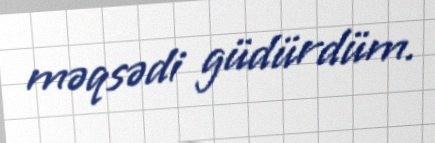
məqsədi güdürdüm.